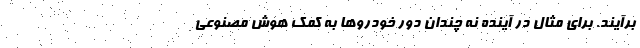
برآیند. برای مثال در آینده نه چندان دور خودروها به کمک هوش مصنوعی